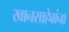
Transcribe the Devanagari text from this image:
खानसाहेबांना